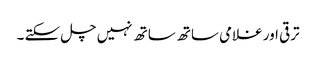
ترقی اور غلامی ساتھ ساتھ نہیں چل سکتے ۔